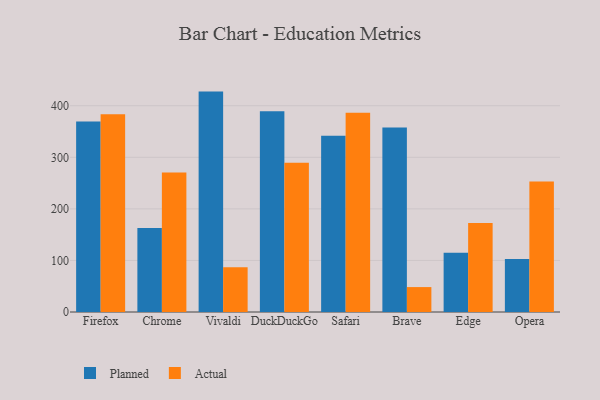
{"axis": {"x": "Browser", "y": "Operating Costs (USD K)"}, "legend": ["Actual", "Planned"], "data": [{"x": "Firefox", "y": 369.6, "type": "Planned"}, {"x": "Firefox", "y": 383.5, "type": "Actual"}, {"x": "Chrome", "y": 162.7, "type": "Planned"}, {"x": "Chrome", "y": 270.4, "type": "Actual"}, {"x": "Vivaldi", "y": 427.4, "type": "Planned"}, {"x": "Vivaldi", "y": 86.9, "type": "Actual"}, {"x": "DuckDuckGo", "y": 389.2, "type": "Planned"}, {"x": "DuckDuckGo", "y": 289.5, "type": "Actual"}, {"x": "Safari", "y": 341.9, "type": "Planned"}, {"x": "Safari", "y": 386.6, "type": "Actual"}, {"x": "Brave", "y": 357.6, "type": "Planned"}, {"x": "Brave", "y": 48.3, "type": "Actual"}, {"x": "Edge", "y": 114.8, "type": "Planned"}, {"x": "Edge", "y": 172.8, "type": "Actual"}, {"x": "Opera", "y": 102.6, "type": "Planned"}, {"x": "Opera", "y": 252.9, "type": "Actual"}]}